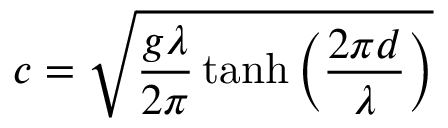
c = { \sqrt { { \frac { g \lambda } { 2 \pi } } \operatorname { t a n h } \left( { \frac { 2 \pi d } { \lambda } } \right) } }